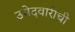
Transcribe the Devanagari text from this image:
उमेदवारीची